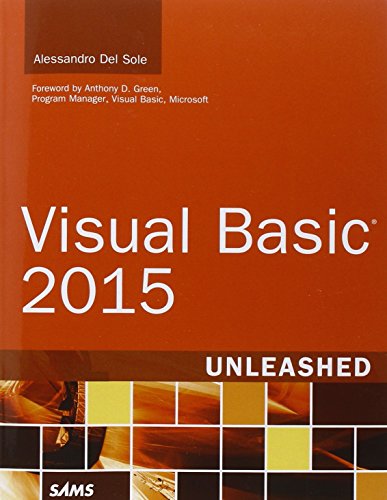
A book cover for Visual Basic 2015 Unleashed; Alessandro Del Sole; Computers & Technology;